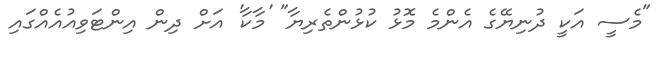
"މެސީ އަކީ ދުނިޔޭގެ އެންމެ މޮޅު ކުޅުންތެރިޔާ" 'މާކާ' އަށް ދިން އިންޓަވިއުއެއްގައި